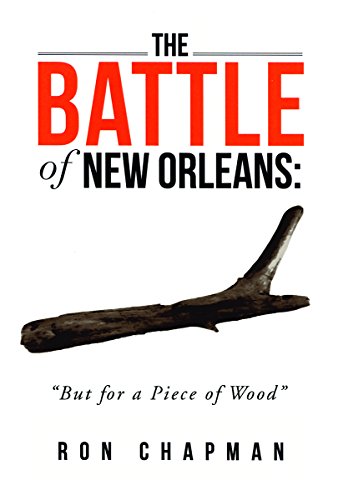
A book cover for Battle of New Orleans, The: "But for a Piece of Wood"; Ron Chapman; History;